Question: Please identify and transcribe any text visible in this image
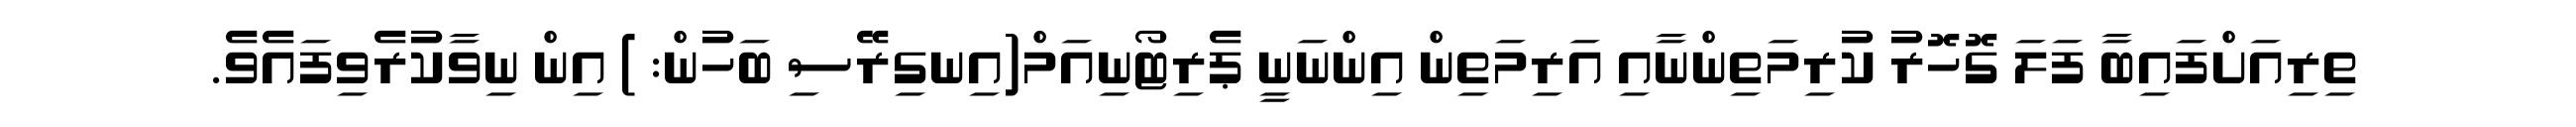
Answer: ތިރިއަށްފައިބާ ފަލަ ގޮހޮރު ކުރިމަތިންނާއި އަރިމަތިން އިންނަނީ ޕެރިޓޯނިއަމް(އިނގިރޭސި ބަހުން: ) އިން ނިވާކުރެވިފައެވެ.